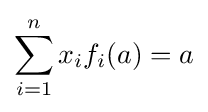
\sum _{i=1}^{n}x_{i}f_{i}(a)=a